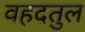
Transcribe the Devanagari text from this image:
वहदतुल